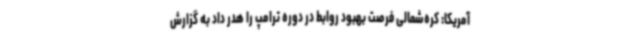
آمریکا: کره‌شمالی فرصت بهبود روابط در دوره ترامپ را هدر داد به گزارش